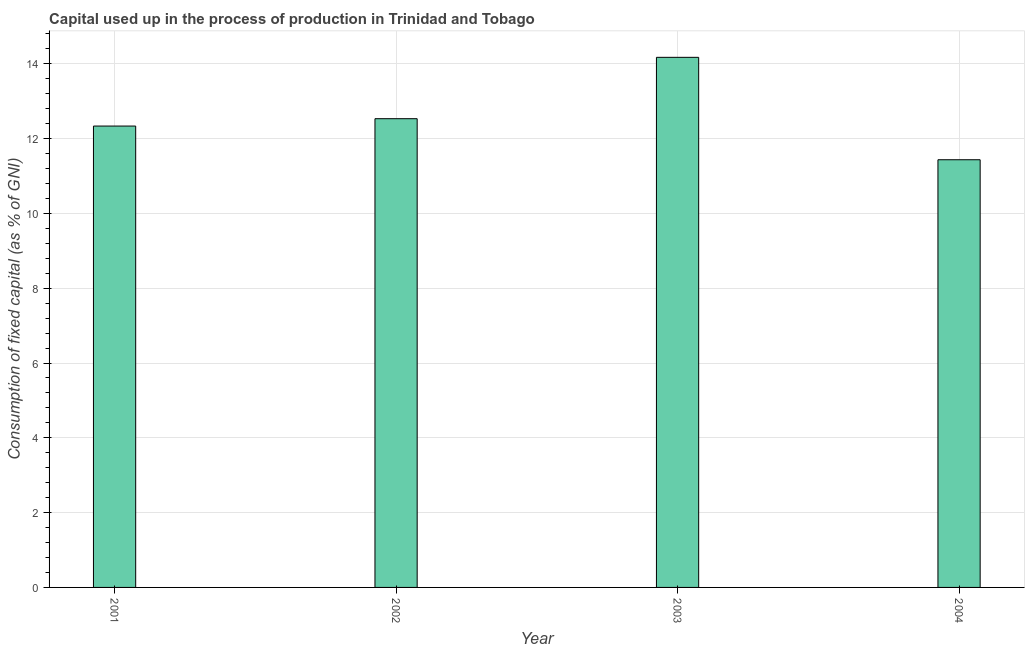
| Year | Consumption of fixed capital |
 | --- | --- |
 | 2001 | 12.3 |
 | 2002 | 12.5 |
 | 2003 | 14.2 |
 | 2004 | 11.4 |